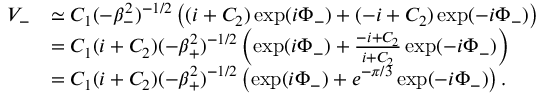
\begin{array} { r l } { V _ { - } } & { \simeq C _ { 1 } ( - \beta _ { - } ^ { 2 } ) ^ { - 1 / 2 } \left( ( i + C _ { 2 } ) \exp ( i \Phi _ { - } ) + ( - i + C _ { 2 } ) \exp ( - i \Phi _ { - } ) \right) } \\ & { = C _ { 1 } ( i + C _ { 2 } ) ( - \beta _ { + } ^ { 2 } ) ^ { - 1 / 2 } \left( \exp ( i \Phi _ { - } ) + \frac { - i + C _ { 2 } } { i + C _ { 2 } } \exp ( - i \Phi _ { - } ) \right) } \\ & { = C _ { 1 } ( i + C _ { 2 } ) ( - \beta _ { + } ^ { 2 } ) ^ { - 1 / 2 } \left( \exp ( i \Phi _ { - } ) + e ^ { - \pi / 3 } \exp ( - i \Phi _ { - } ) \right) . } \end{array}